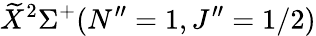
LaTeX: \widetilde{X}^{2}\Sigma^{+}(N^{\prime\prime}=1,J^{\prime\prime}=1/2)